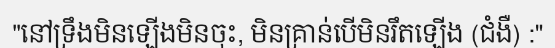
"នៅទ្រឹងមិនឡើងមិនចុះ, មិនគ្រាន់បើមិនរឹតឡើង (ជំងឺ) :"